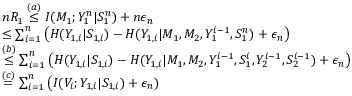
\begin{array} { r l } & { n R _ { 1 } \overset { ( a ) } { \leq } I ( M _ { 1 } ; Y _ { 1 } ^ { n } | S _ { 1 } ^ { n } ) + n \epsilon _ { n } } \\ & { \leq \sum _ { i = 1 } ^ { n } \big ( H ( Y _ { 1 , i } | S _ { 1 , i } ) - H ( Y _ { 1 , i } | M _ { 1 } , M _ { 2 } , Y _ { 1 } ^ { i - 1 } , S _ { 1 } ^ { n } ) + \epsilon _ { n } \big ) } \\ & { \overset { ( b ) } { \leq } \sum _ { i = 1 } ^ { n } \big ( H ( Y _ { 1 , i } | S _ { 1 , i } ) - H ( Y _ { 1 , i } | M _ { 1 } , M _ { 2 } , Y _ { 1 } ^ { i - 1 } , S _ { 1 } ^ { i } , Y _ { 2 } ^ { i - 1 } , S _ { 2 } ^ { i - 1 } ) + \epsilon _ { n } \big ) } \\ & { \overset { ( c ) } { = } \sum _ { i = 1 } ^ { n } \big ( I ( V _ { i } ; Y _ { 1 , i } | S _ { 1 , i } ) + \epsilon _ { n } ) } \end{array}